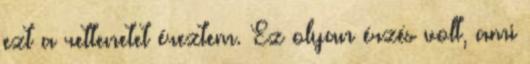
ezt a rettenetet éreztem. Ez olyan érzés volt, ami